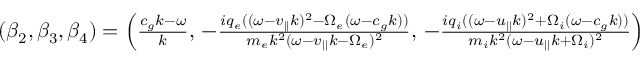
\begin{array} { r } { ( \beta _ { 2 } , \beta _ { 3 } , \beta _ { 4 } ) = \left( \frac { c _ { g } k - \omega } { k } , \, - \frac { i q _ { e } ( ( \omega - v _ { | | } k ) ^ { 2 } - \Omega _ { e } ( \omega - c _ { g } k ) ) } { m _ { e } k ^ { 2 } ( \omega - v _ { | | } k - \Omega _ { e } ) ^ { 2 } } , \, - \frac { i q _ { i } ( ( \omega - u _ { | | } k ) ^ { 2 } + \Omega _ { i } ( \omega - c _ { g } k ) ) } { m _ { i } k ^ { 2 } ( \omega - u _ { | | } k + \Omega _ { i } ) ^ { 2 } } \right) } \end{array}